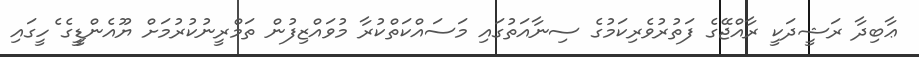
ޢާބިދާ ރަޝީދަކީ ރާއްޖޭގެ ފަތުރުވެރިކަމުގެ ސިނާއަތުގައި މަސައްކަތްކުރާ މުވައްޒިފުން ތަމްރީނުކުރުމަށް ޔޫއެންޑީީގެ ެހީގައި